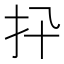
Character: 𢩲